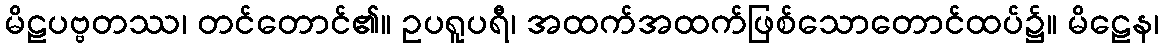
မိဠပဗ္ဗတဿ၊ တင်တောင်၏။ ဥပရူပရီ၊ အထက်အထက်ဖြစ်သောတောင်ထပ်၌။ မိဠေန၊